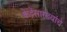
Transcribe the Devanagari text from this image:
केंद्रेंसारख्यांचे